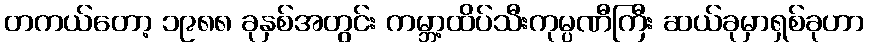
တကယ်တော့ ၁၉၈၈ ခုနှစ်အတွင်း ကမ္ဘာ့ထိပ်သီးကုမ္ပဏီကြီး ဆယ်ခုမှာရှစ်ခုဟာ